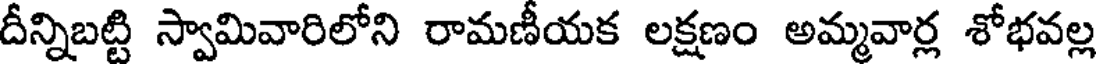
దీన్నిబట్టి స్వామివారిలోని రామణీయక లక్షణం అమ్మవార్ల శోభవల్ల